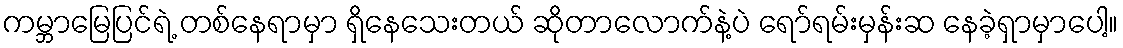
ကမ္ဘာမြေပြင်ရဲ့ တစ်နေရာမှာ ရှိနေသေးတယ် ဆိုတာလောက်နဲ့ပဲ ရော်ရမ်းမှန်းဆ နေခဲ့ရှာမှာပေါ့။